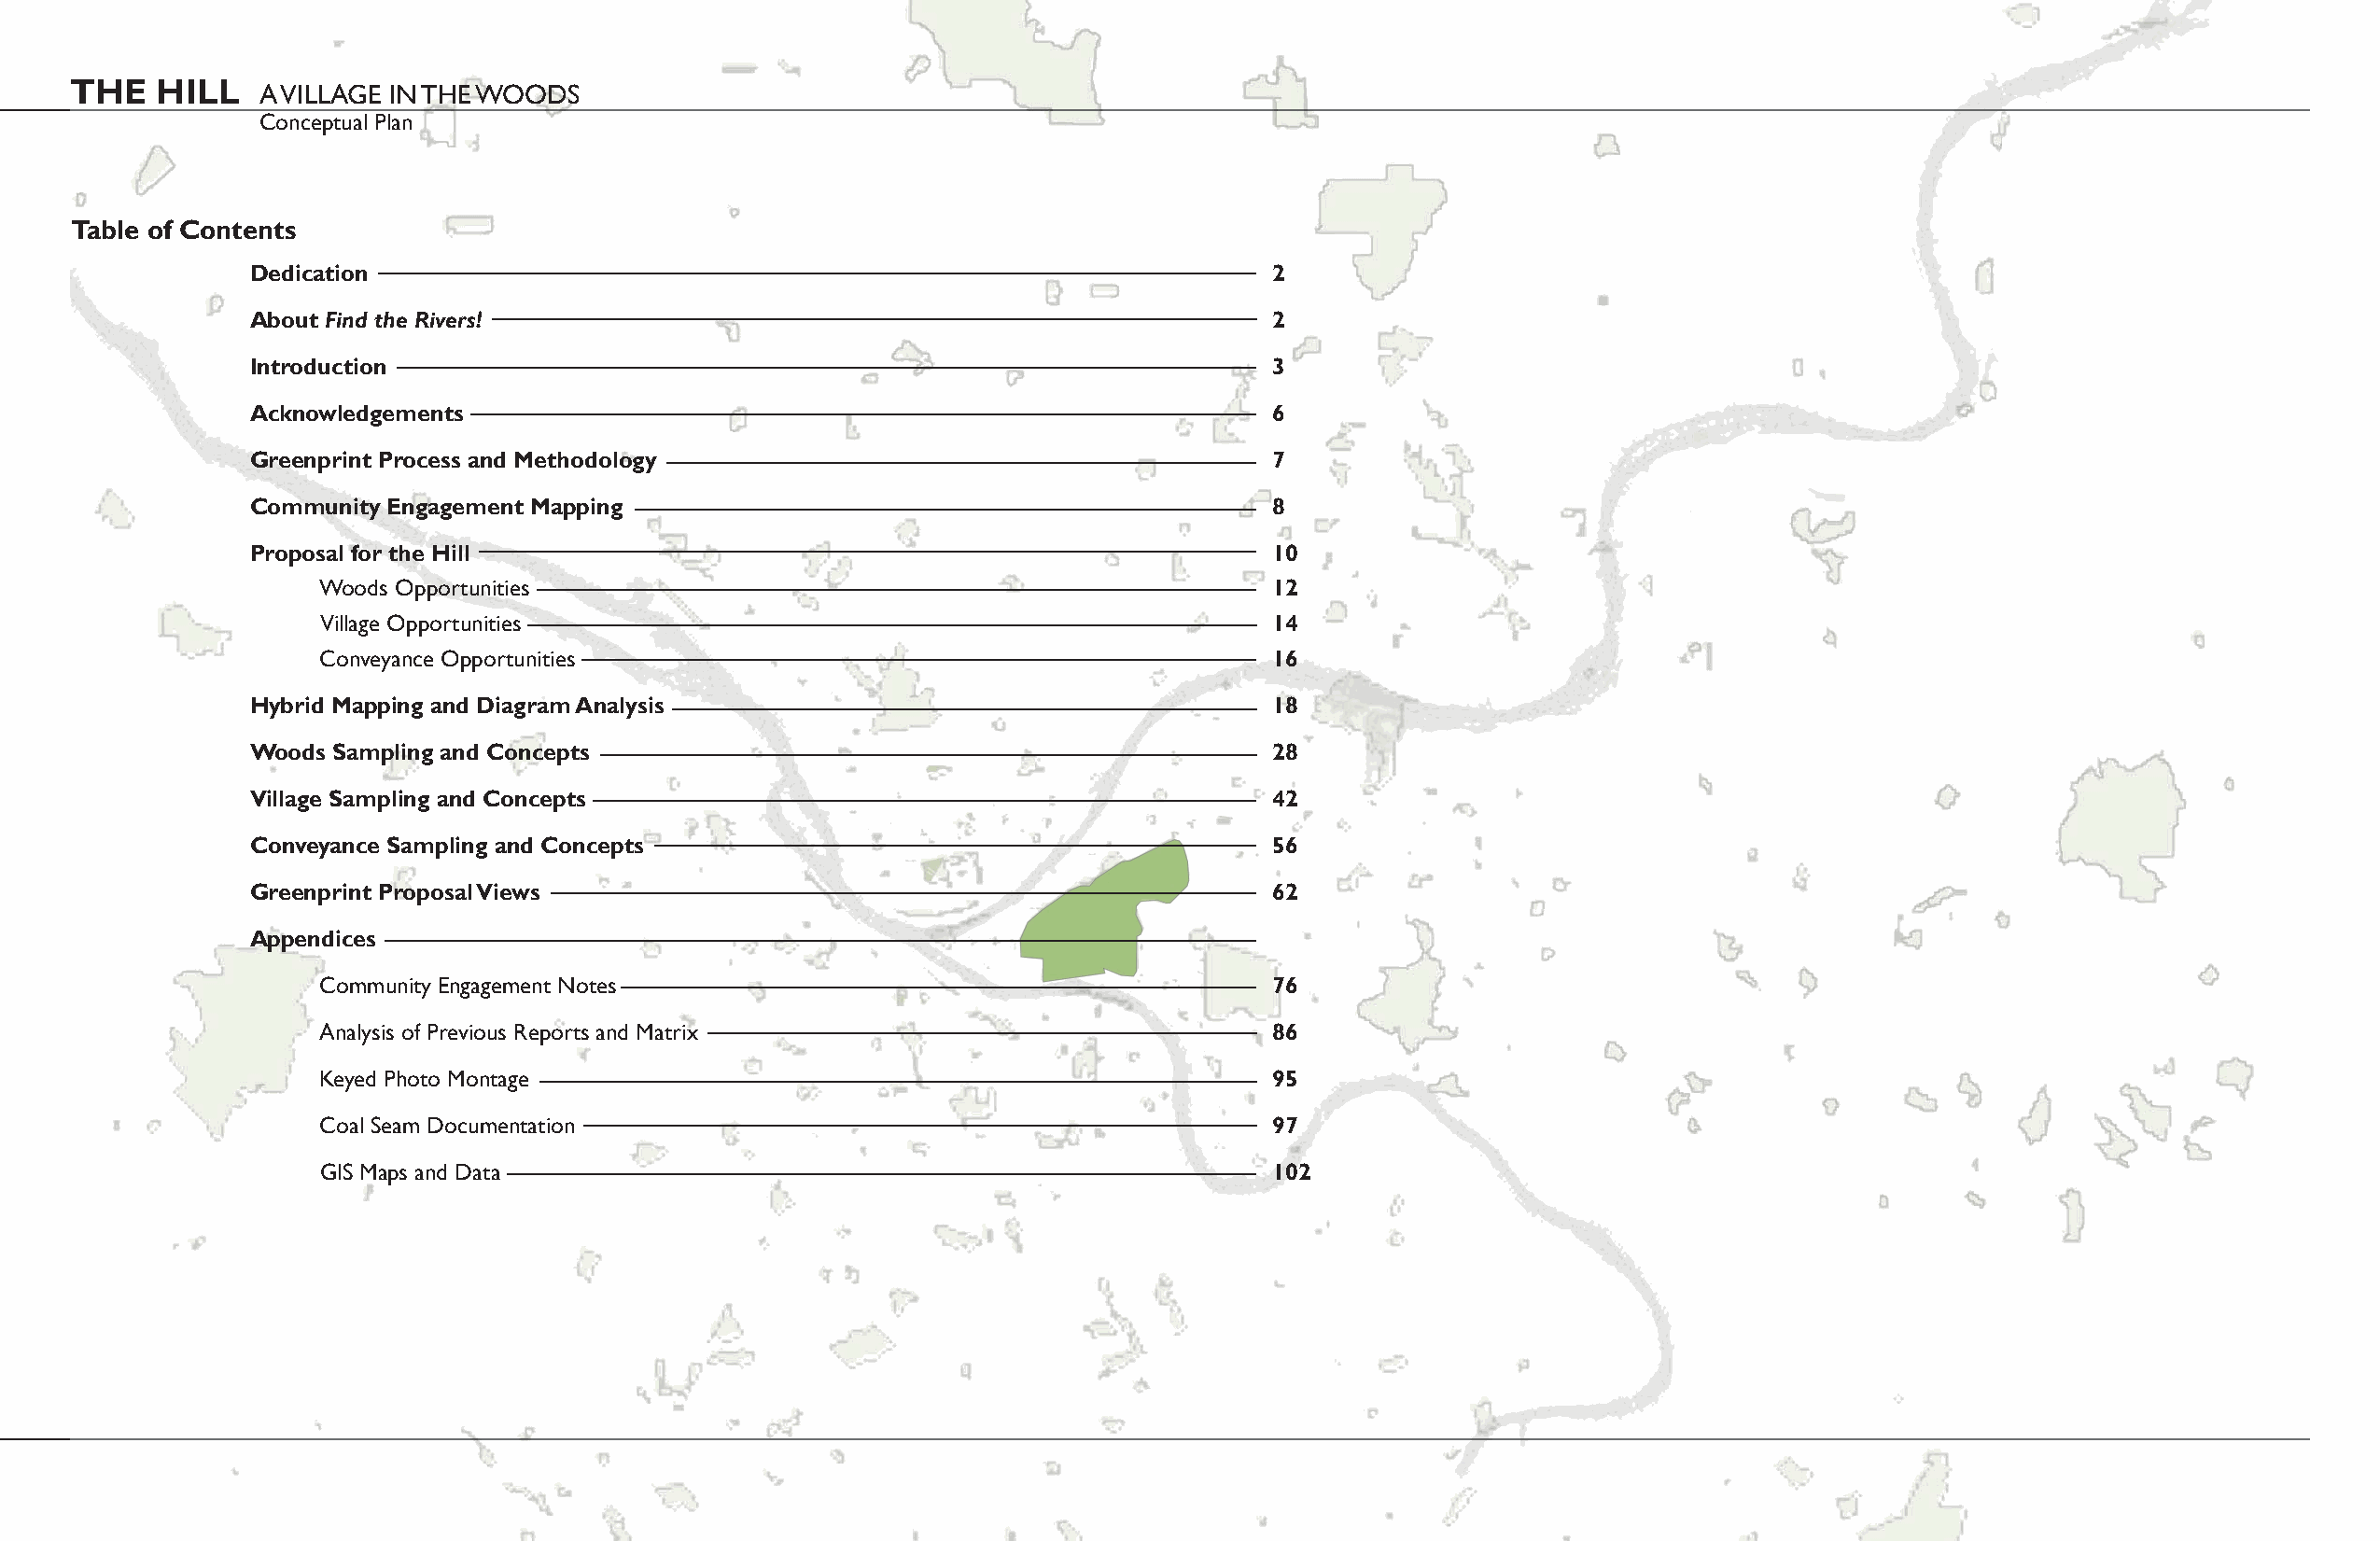
THE   HILL
 A VILLAGE IN THE WOODS
 Conceptual Plan
 Table of Contents
 Dedication                                                              2
 About Find the Rivers!                                                  2
 Introduction                                                            3
 Acknowledgements                                                        6
 Greenprint Process and Methodology                                      7
 Community Engagement Mapping                                            8
 Proposal for the Hill                                                   10
 Woods Opportunities                                                12
 Village Opportunities                                              14
 Conveyance Opportunities                                           16
 Hybrid Mapping and Diagram Analysis                                     18
 Woods Sampling and Concepts                                             28
 Village Sampling and Concepts                                           42
 Conveyance Sampling and Concepts                                        56
 Greenprint Proposal Views                                               62
 Appendices
 Community Engagement Notes                                         76
 Analysis of Previous Reports and Matrix                            86
 Keyed Photo Montage                                                95
 Coal Seam Documentation                                            97
 GIS Maps and Data                                                  102